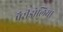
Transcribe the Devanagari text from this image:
पैरीडोलिया